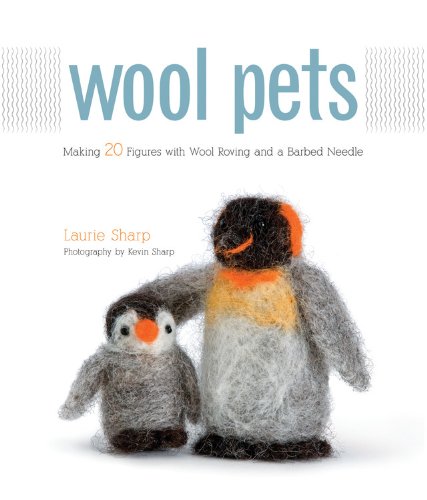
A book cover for Wool Pets: Making 20 Figures with Wool Roving and a Barbed Needle; Laurie Sharp; Crafts, Hobbies & Home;